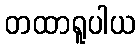
တထာရူပါယ